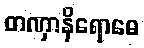
တဏှာနိရောဓေ